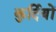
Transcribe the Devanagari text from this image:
कुर्दियों